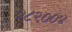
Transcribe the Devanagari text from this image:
४८२००४